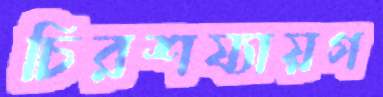
চিরশয্যায়গ